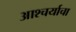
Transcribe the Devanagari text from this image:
आश्‍चर्याचा